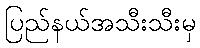
ပြည်နယ်အသီးသီးမှ